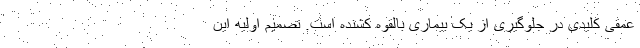
عمقی کلیدی در جلوگیری از یک بیماری بالقوه کشنده است. تصمیم اولیه این